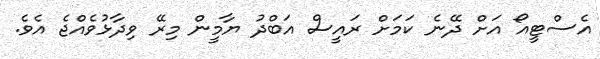
އެސްޓީއޯ އަށް ދޭނެ ކަމަށް ރައީސް އަބްދު ޔާމީން މިރޭ ވިދާޅުވެއްޖެ އެވެ.